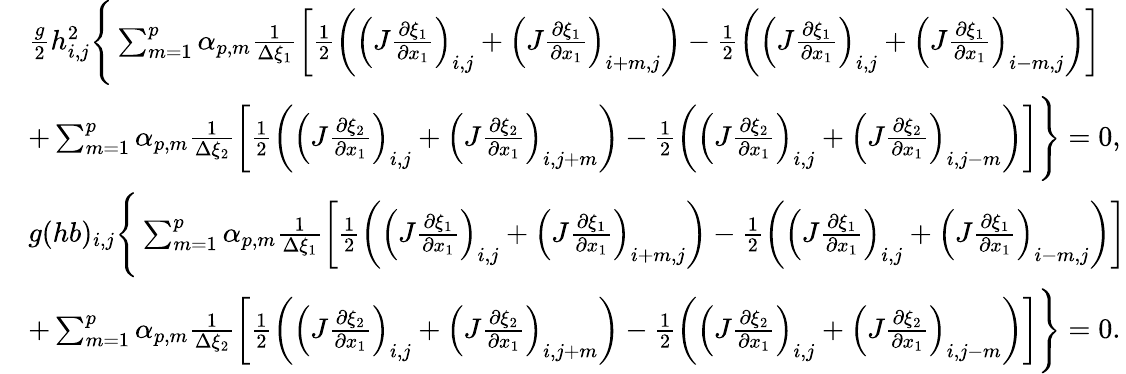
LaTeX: \begin{array}{rl}&{\frac{g}{2}h_{i,j}^{2}\Bigg\{ \sum_{m=1}^{p}\alpha_{p,m}\frac{1}{\Delta\xi_{1}}\left[\frac{1}{2}\left(\left(J\frac{\partial\xi_{1}}{\partial x_{1}}\right)_{i,j}+\left(J\frac{\partial\xi_{1}}{\partial x_{1}}\right)_{i+m,j}\right)-\frac{1}{2}\left(\left(J\frac{\partial\xi_{1}}{\partial x_{1}}\right)_{i,j}+\left(J\frac{\partial\xi_{1}}{\partial x_{1}}\right)_{i-m,j}\right)\right]}\\ &{+\sum_{m=1}^{p}\alpha_{p,m}\frac{1}{\Delta\xi_{2}}\left[\frac{1}{2}\left(\left(J\frac{\partial\xi_{2}}{\partial x_{1}}\right)_{i,j}+\left(J\frac{\partial\xi_{2}}{\partial x_{1}}\right)_{i,j+m}\right)-\frac{1}{2}\left(\left(J\frac{\partial\xi_{2}}{\partial x_{1}}\right)_{i,j}+\left(J\frac{\partial\xi_{2}}{\partial x_{1}}\right)_{i,j-m}\right)\right]\Bigg\} =0,}\\ &{{g}(hb)_{i,j}\Bigg\{ \sum_{m=1}^{p}\alpha_{p,m}\frac{1}{\Delta\xi_{1}}\left[\frac{1}{2}\left(\left(J\frac{\partial\xi_{1}}{\partial x_{1}}\right)_{i,j}+\left(J\frac{\partial\xi_{1}}{\partial x_{1}}\right)_{i+m,j}\right)-\frac{1}{2}\left(\left(J\frac{\partial\xi_{1}}{\partial x_{1}}\right)_{i,j}+\left(J\frac{\partial\xi_{1}}{\partial x_{1}}\right)_{i-m,j}\right)\right]}\\ &{+\sum_{m=1}^{p}\alpha_{p,m}\frac{1}{\Delta\xi_{2}}\left[\frac{1}{2}\left(\left(J\frac{\partial\xi_{2}}{\partial x_{1}}\right)_{i,j}+\left(J\frac{\partial\xi_{2}}{\partial x_{1}}\right)_{i,j+m}\right)-\frac{1}{2}\left(\left(J\frac{\partial\xi_{2}}{\partial x_{1}}\right)_{i,j}+\left(J\frac{\partial\xi_{2}}{\partial x_{1}}\right)_{i,j-m}\right)\right]\Bigg\} =0.}\end{array}